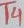
Text: T4